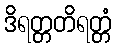
ဒိရတ္တတိရတ္တံ